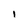
Character: I